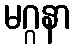
မဂ္ဂနာ